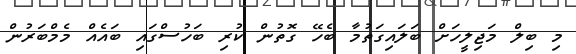
މި ބިލް މަޖިލީހަށް ބަލައިގަތުމާ ބެހޭ ގޮތުން ކުރި ބަހުސްގައި ބައެއް މެމްބަރުން